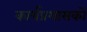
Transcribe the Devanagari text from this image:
कार्यप्रशासकों